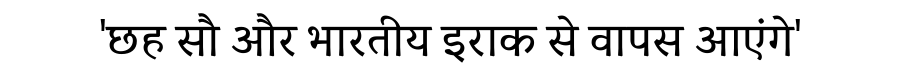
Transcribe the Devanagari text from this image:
'छह सौ और भारतीय इराक से वापस आएंगे'